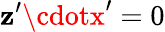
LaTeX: \mathbf{z}^{\prime}\cdotx^{\prime}=0